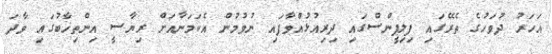
އަހަރު ދުވަހުގެ ތެރޭގައި ފިލިޕީންސްގައި ދިރިއުޅުއްވާފައި ނުވުމުން އެކަމަނާއަށް ރިޔާސީ އިންތިޚާބުގައި ވާދަ